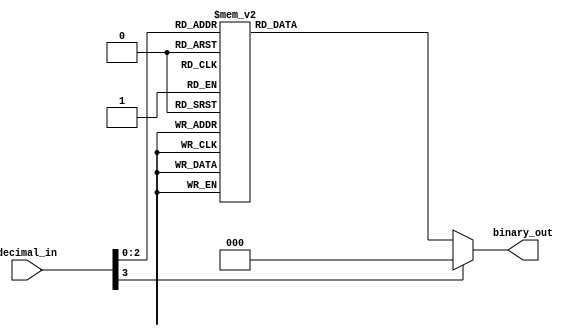
module decimal_priority_encoder (
    input [3:0] decimal_in,
    output reg [2:0] binary_out
);

always @* begin
    case(decimal_in)
        0 : binary_out = 3'b000;
        1 : binary_out = 3'b001;
        2 : binary_out = 3'b010;
        3 : binary_out = 3'b011;
        4 : binary_out = 3'b100;
        5 : binary_out = 3'b101;
        6 : binary_out = 3'b110;
        7 : binary_out = 3'b111;
        default : binary_out = 3'b000; // default to lowest priority
    endcase
end

endmodule